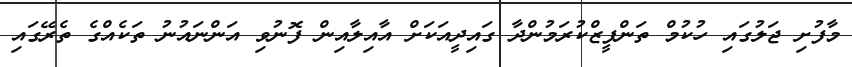
މާފުށި ޖަލުގައި ހުކުމް ތަންފީޒްކުރަމުންދާ ގައިދީއަކަށް އާއިލާއިން ފޮނުވި އަންނައުނު ތަކެއްގެ ތެރޭގައި